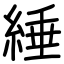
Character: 綞